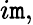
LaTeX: i\mathtt{m},